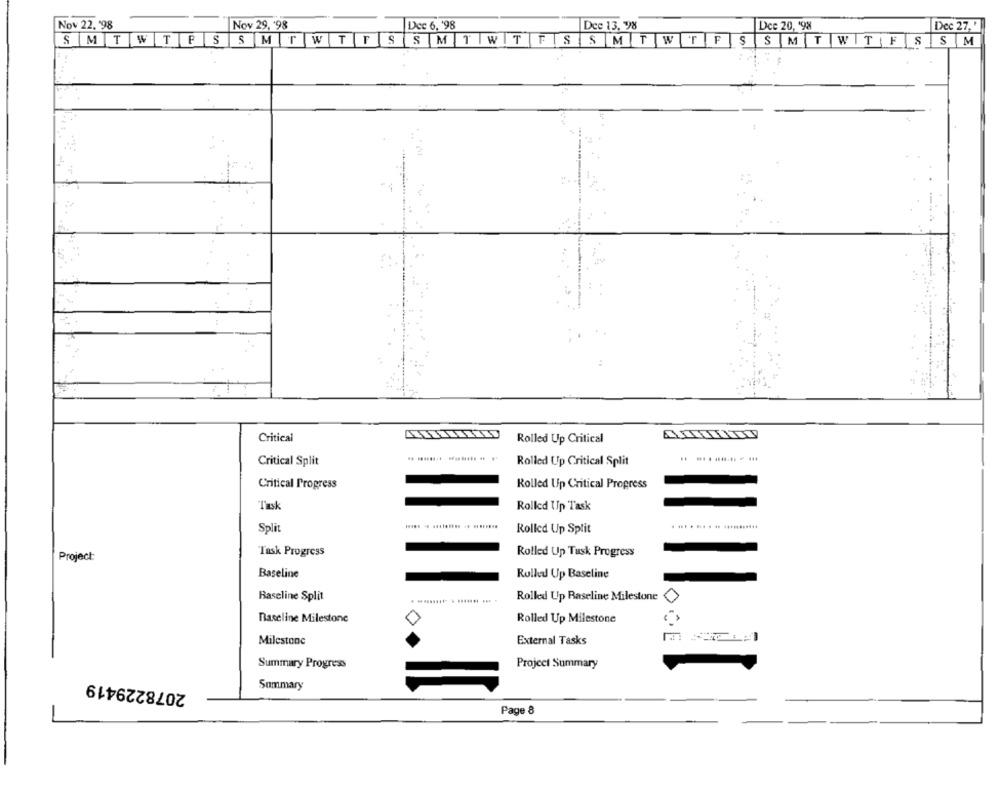
Nov 22, '98
Nov 29, '98
Dec 6, '98
Dce 13. 98
Dce 20, '98
Dec 27,'
SMTWTFSSMTWTFSSM TWT FS SMT WTF SS MT WTF SSM
ANIMITY
Critical
Rolled Up Critical
Critical Split
Rolled Up Critical Split
Critical Progress
Rolled Up Critical Progress
Rolled Up Task
Split
Rolled Up Split
. ... . .. . .. ...........
Task Progress
Rolled Up Tusk Progress
Project:
Baseline
Rolled Up Baseline
Baseline Split
Rolled Up Raseline Milestone
Baseline Milestone
Rolled Up Milestone
Milestone
External Tasks
Summary Progress
Project Summary
2078229419
Summary
Page 8